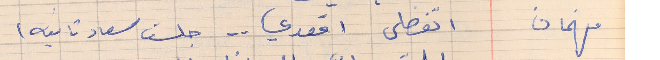
فهمان     اتفضلى اقعدي . .  جلست سعاد تانيه)